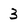
Character: 3